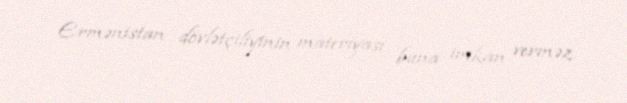
Ermənistan dövlətçiliyinin materiyası buna imkan verməz.